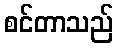
စင်တာသည်